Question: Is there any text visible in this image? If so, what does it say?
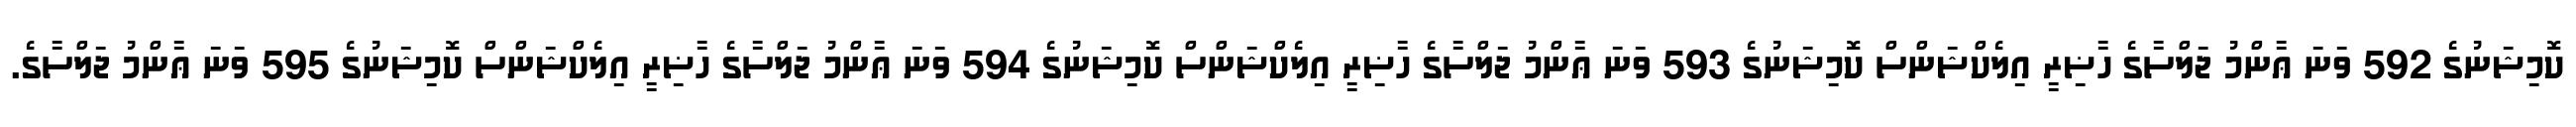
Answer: ކޮމިޝަނުގެ 592 ވަނަ ޢާންމު ޖަލްސާގެ ހާޟިރީ އިލެކްޝަންސް ކޮމިޝަނުގެ 593 ވަނަ ޢާންމު ޖަލްސާގެ ހާޟިރީ އިލެކްޝަންސް ކޮމިޝަނުގެ 594 ވަނަ ޢާންމު ޖަލްސާގެ ހާޟިރީ އިލެކްޝަންސް ކޮމިޝަނުގެ 595 ވަނަ ޢާންމު ޖަލްސާގެ.